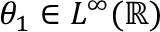
\theta _ { 1 } \in L ^ { \infty } ( \ensuremath { \mathbb { R } } )